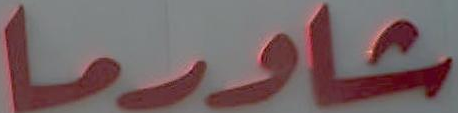
شاورما